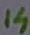
Text: 14